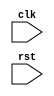
module behavioral_block (
    input wire clk,
    input wire rst
);

reg [7:0] data;

always @ (posedge clk or negedge rst) begin
    if (!rst) begin
        data <= 8'b00000000;
    end else begin
        // Your desired code goes here
    end
end

endmodule